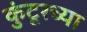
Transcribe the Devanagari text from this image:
कुंटूरच्या